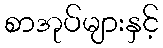
စာအုပ်များနှင့်